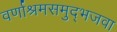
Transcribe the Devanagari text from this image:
वर्णाश्रमसमुद्भजवा